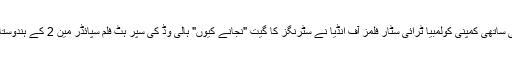
[8] اسی دوران کولمبیا ریکارڈ کی ساتھی کمپنی کولمبیا ٹرائی سٹار فلمز آف انڈیا نے سٹرنگز کا گیت "نجانے کیوں" ہالی وڈ کی سپر ہٹ فلم سپائڈر مین 2 کے ہندوستانی ورژن کے لیے منتخب کر لیا۔